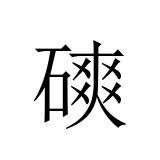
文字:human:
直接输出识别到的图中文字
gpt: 磢